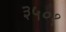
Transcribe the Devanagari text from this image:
३५०१